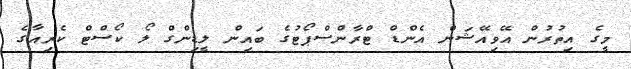
މީގެ އިތުރުން އޭވިއޭޝަން އެންޑް ޓްރާންސްޕޯޓުގެ ބައިން ލީޑިންގް ލޯ ކޯސްޓް ކެެރިއާގެ